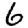
Digit: 6